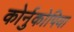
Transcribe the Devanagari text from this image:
कोर्नुकोपिया